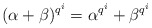
\begin{align*}(\alpha+\beta)^{q^i}=\alpha^{q^i}+\beta^{q^i}\end{align*}